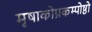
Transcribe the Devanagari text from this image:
मृषाकोप्रकम्पोष्ठो